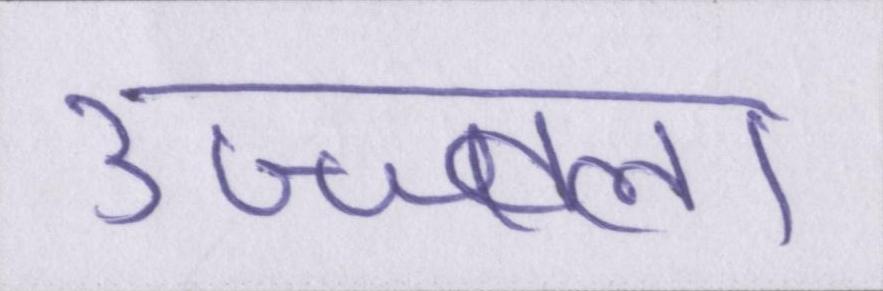
उज्ज्वला